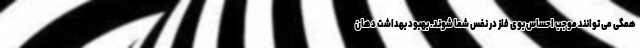
همگی می توانند موجب احساس بوی فلز در نفس شما شوند. بهبود بهداشت دهان